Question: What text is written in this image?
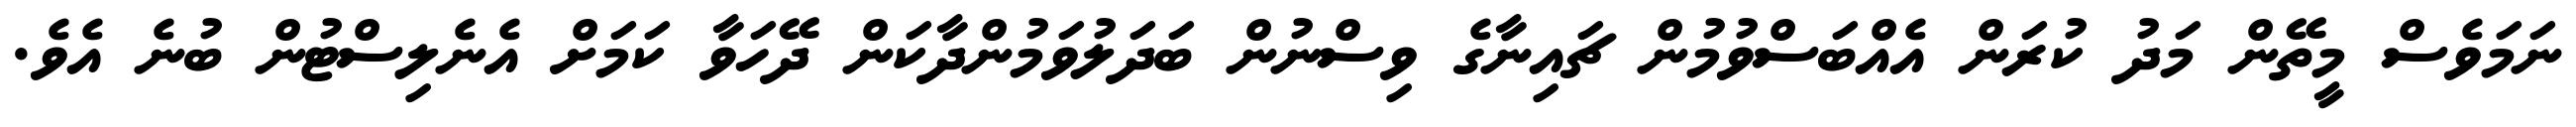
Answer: ނަމަވެސް މީތޭން މަދު ކުރަން އެއްބަސްވުމުން ޗައިނާގެ ވިސްނުން ބަދަލުވަމުންދާކަން ދޭހަވާ ކަމަށް އެނެލިސްޓުން ބުނެ އެވެ.